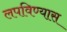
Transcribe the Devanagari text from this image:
लपविण्यास